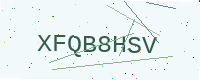
Text: XFQB8HSV